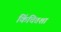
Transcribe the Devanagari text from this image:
किंचितशा